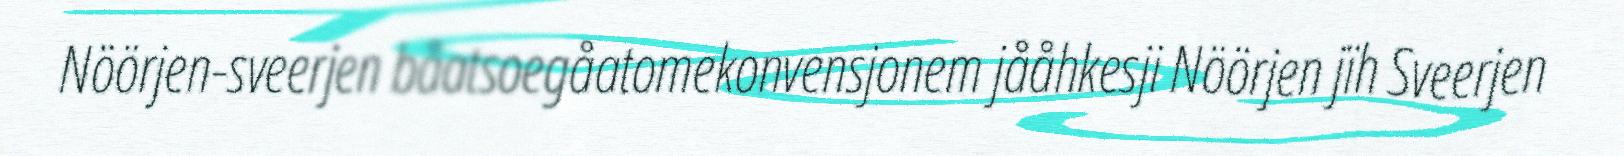
Nöörjen-sveerjen båatsoegåatomekonvensjonem jååhkesji Nöörjen jïh Sveerjen